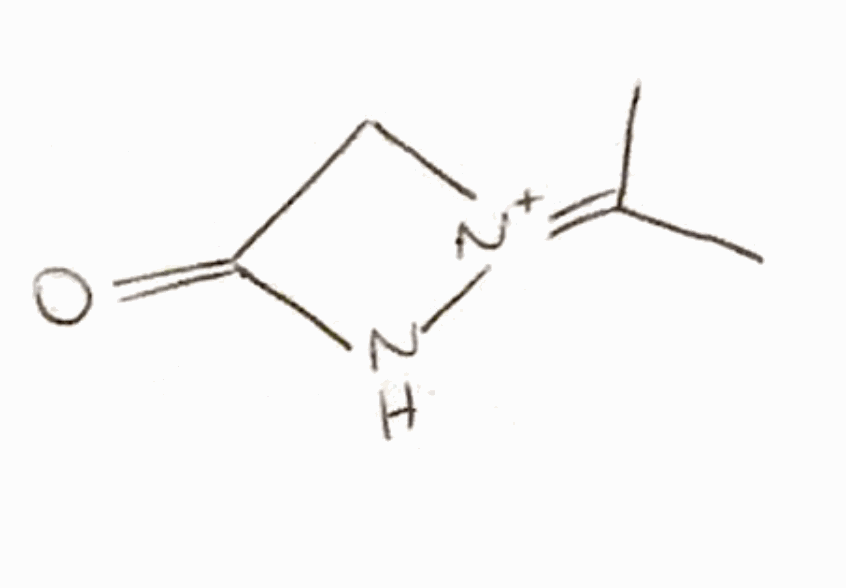
Simplified molecular-input line-entry system (SMILES) notation of the given molecule:
CC(=[N+]1CC(=O)N1)C